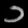
Digit: ၁